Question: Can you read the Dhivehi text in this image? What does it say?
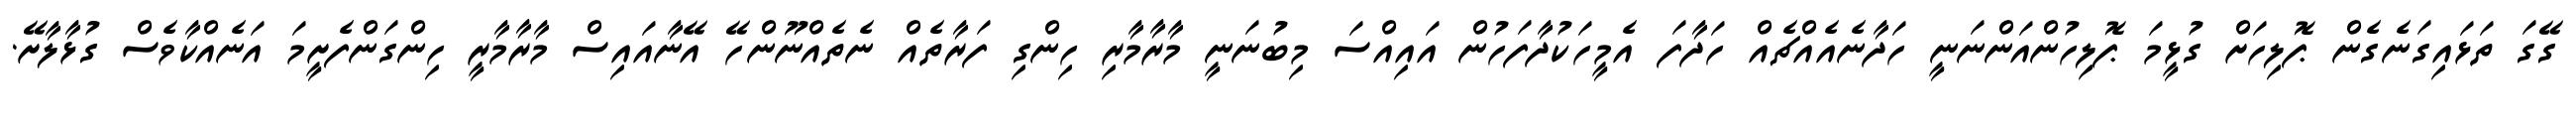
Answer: ގޭގަ ތަޅައިގަނެގެން ޕޮލިހަށް ގުޅީމަ ޕޮލިހުންއަންނަނީ ހަދާނެއެއްޗެއް ހަދާފަ އެމީހަކުދާފަހުން އައިއްސަ މިބުނަނީ މާރާމާރި ހިންގި ފަރާތެއް ނެތެއްނޫންހޭ އޭނާއައިސް މާރާމާރީ ހިންގަންފެށީމަ އަނެއްކާވެސް ގުޅާލާށޭ.